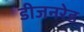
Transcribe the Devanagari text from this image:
डीजनरेड